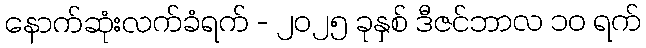
နောက်ဆုံးလက်ခံရက် - ၂၀၂၅ ခုနှစ် ဒီဇင်ဘာလ ၁၀ ရက်